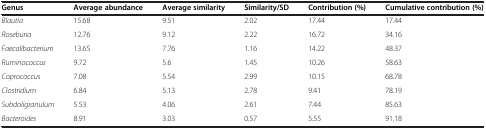
<table><thead><tr><td><b>Genus</b></td><td><b>Average abundance</b></td><td><b>Average similarity</b></td><td><b>Similarity/SD</b></td><td><b>Contribution (%)</b></td><td><b>Cumulative contribution (%)</b></td></tr></thead><tbody><tr><td><i>Blautia</i></td><td>15.68</td><td>9.51</td><td>2.02</td><td>17.44</td><td>17.44</td></tr><tr><td><i>Roseburia</i></td><td>12.76</td><td>9.12</td><td>2.22</td><td>16.72</td><td>34.16</td></tr><tr><td><i>Faecalibacterium</i></td><td>13.65</td><td>7.76</td><td>1.16</td><td>14.22</td><td>48.37</td></tr><tr><td><i>Ruminococcus</i></td><td>9.72</td><td>5.6</td><td>1.45</td><td>10.26</td><td>58.63</td></tr><tr><td><i>Coprococcus</i></td><td>7.08</td><td>5.54</td><td>2.99</td><td>10.15</td><td>68.78</td></tr><tr><td><i>Clostridium</i></td><td>6.84</td><td>5.13</td><td>2.78</td><td>9.41</td><td>78.19</td></tr><tr><td><i>Subdoligranulum</i></td><td>5.53</td><td>4.06</td><td>2.61</td><td>7.44</td><td>85.63</td></tr><tr><td><i>Bacteroides</i></td><td>8.91</td><td>3.03</td><td>0.57</td><td>5.55</td><td>91.18</td></tr></tbody></table>